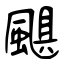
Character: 颶